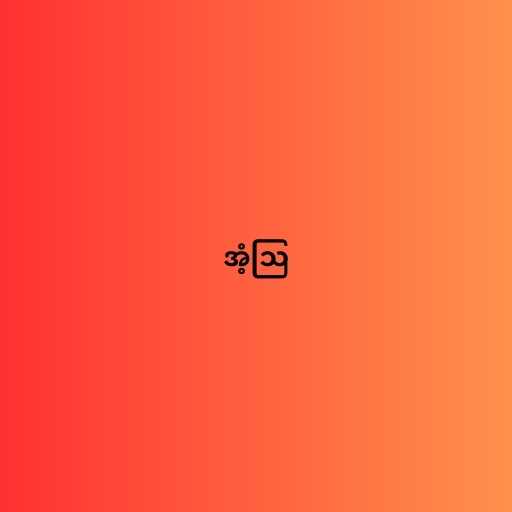
အံ့ဩ